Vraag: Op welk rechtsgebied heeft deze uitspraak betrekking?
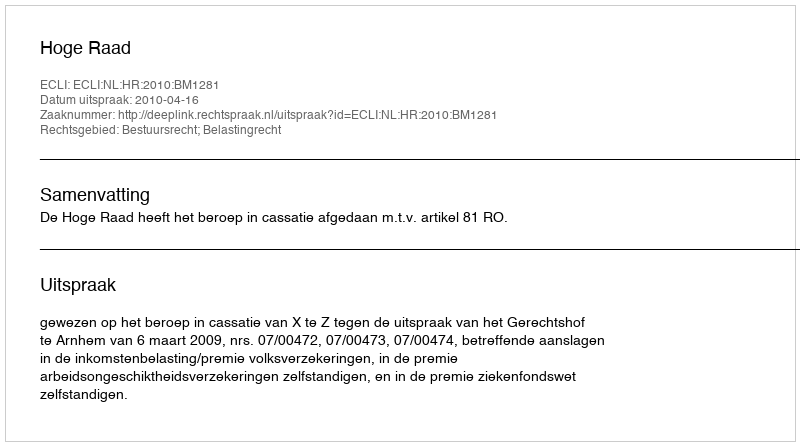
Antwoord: Bestuursrecht; Belastingrecht